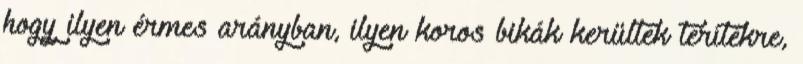
hogy ilyen érmes arányban, ilyen koros bikák kerültek terítékre,